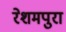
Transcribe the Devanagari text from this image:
रेशमपुरा